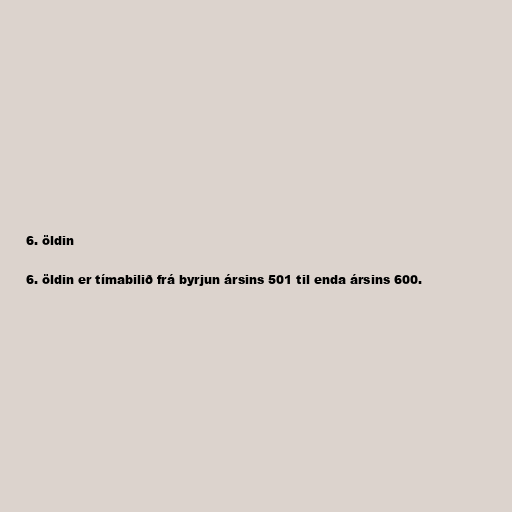
6. öldin

6. öldin er tímabilið frá byrjun ársins 501 til enda ársins 600.